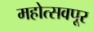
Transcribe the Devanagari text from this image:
महोत्सवपूर